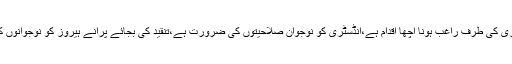
رچل خان نے کہا ہے کہ نوجوان اداکاروں کا فلم انڈسٹری کی طرف راغب ہونا اچھا اقدام ہے،انڈسٹری کو نوجوان صلاحیتوں کی ضرورت ہے،تنقید کی بجائے پرانے ہیروز کو نوجوانوں کی صلاحیتیں اجاگر کرنے میں ان کی مدد کرنا ہو گی۔